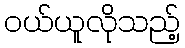
ဝယ်ယူလိုသည့်